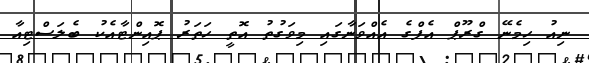
ނިއު ހިމެނޭ ގްރޫޕް އެފްގެ އެއްވަނާގައި މިވަގުތު އޮތީ ހަތަރު ޕޮއިންޓާއެކު ބެލަސްޓިއާ